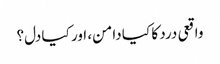
واقعی درد کا کیا دامن، اور کیا دل؟